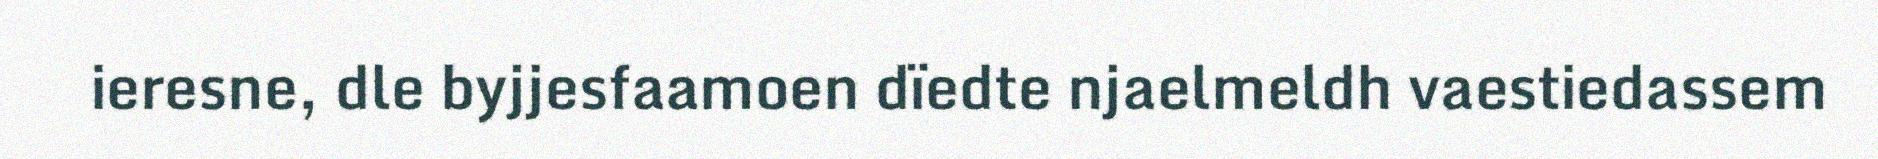
ieresne, dle byjjesfaamoen dïedte njaelmeldh vaestiedassem